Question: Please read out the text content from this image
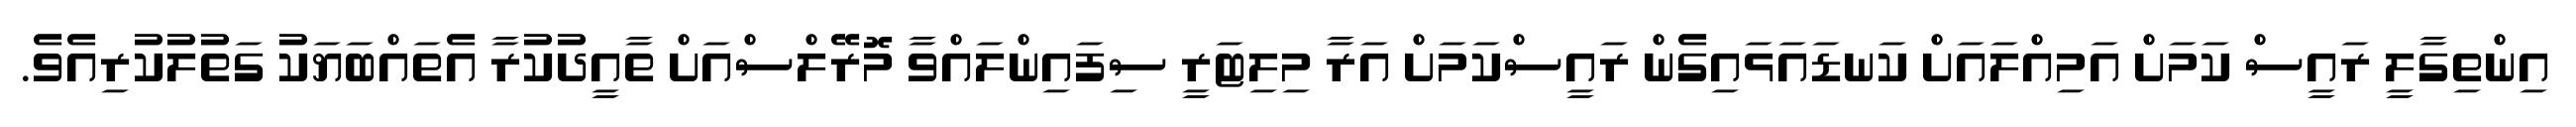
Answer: އިންތިގާލީ ރައީސް ކަމަށް އަމިއްލައަށް ކަނޑައަޅައިގެން ރައީސްކަމަށް އަރާ މިލިޓަރީ ސިފައިންލައްވާ މޮރޭލްސްއަށް ތާއީދުކުރާ އެތައްބަޔަކު ގަތުލުކުރިއެވެ.